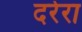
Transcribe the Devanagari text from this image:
दरेरा